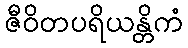
ဇီဝိတပရိယန္တိကံ